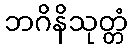
ဘဂိနိသုတ္တံ